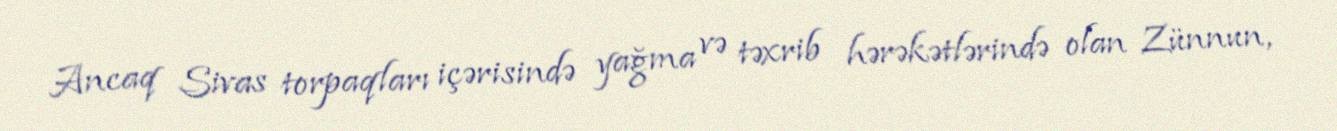
Ancaq Sivas torpaqları içərisində yağma və təxrib hərəkətlərində olan Zünnun,